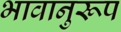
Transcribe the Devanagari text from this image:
भावानुरूप